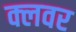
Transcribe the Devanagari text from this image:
क्लवर